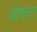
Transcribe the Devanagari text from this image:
ओकल्टा